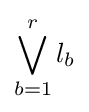
\bigvee _{b=1}^{r}l_{b}